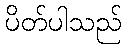
ပိတ်ပါသည်